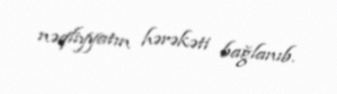
nəqliyyatın hərəkəti bağlanıb.